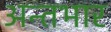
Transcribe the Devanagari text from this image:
अन्तभार